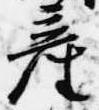
産